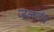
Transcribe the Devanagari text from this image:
जलतंत्र